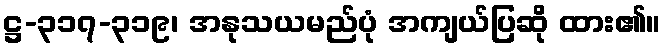
ဋ္ဌ-၃၁၇-၃၁၉၊ အနုသယမည်ပုံ အကျယ်ပြဆို ထား၏။